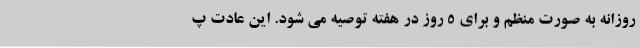
روزانه به صورت منظم و برای 5 روز در هفته توصیه می شود. این عادت پ